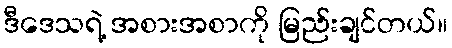
ဒီဒေသရဲ့ အစားအစာကို မြည်းချင်တယ်။